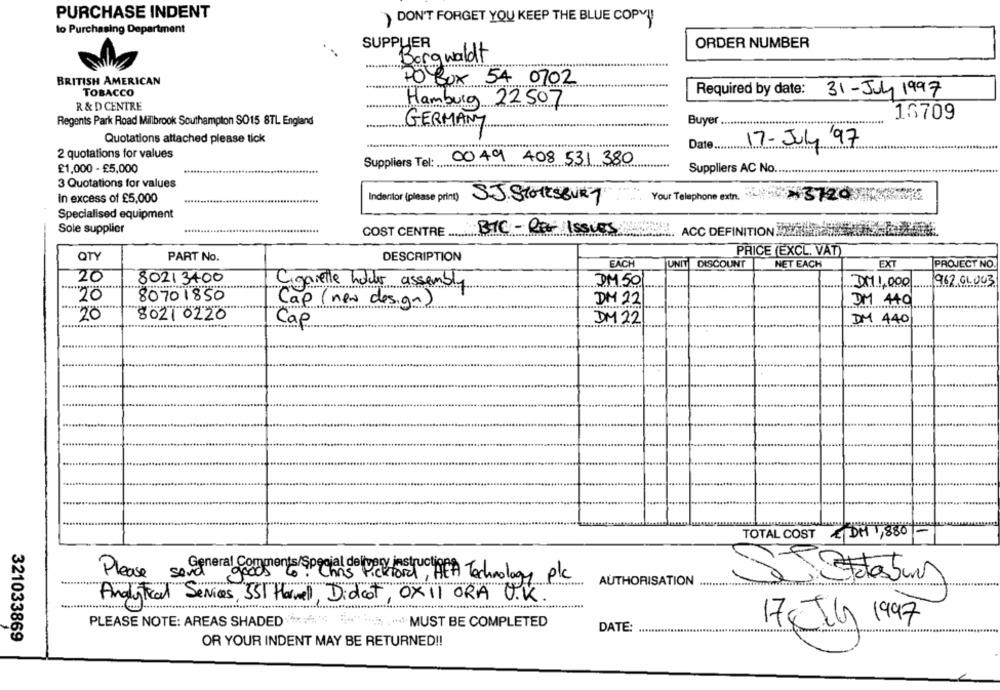
PURCHASE INDENT
) DON'T FORGET YOU KEEP THE BLUE COPY !!
lo Purchasing Department
SUPPLIER
ORDER NUMBER
Borgwaldt
BRITISH AMERICAN
PO BOX 54 0702
TOBACCO
Required by date:
31-July 1997
Hamburg 22507
R & D CENTRE
16709
Regents Park Road Millbrook Southampton SO15 8TL England
Buyer ..
GERMANY
Quotations attached please tick
17-July '97
Date ....
2 quotations for values
Suppliers Tel:
00 49 408 531 380
£1,000 - £5,000
Suppliers AC No.
3 Quotations for values
In excess of £5,000
Indentor (please print) S.J. SHOTSBURT
Your Telephone extn.3720
Specialised equipment
Sole supplier
COST CENTRE ......
BIC - REG ISSUES:15
ACC DEFINITION
PRICE (EXCL. VAT)
QTY
PART No.
DESCRIPTION
EACH
UNIT DISCOUNT
NET EACH
EXT
PROJECT NO.
20
80213400
DM 50
962 01.003
Cignielle holder assembly
DM 1,000
80701850
Cap (new design)
DM 22
DM 440
20
8021 0220
Cap
DM22
DM 440
TOTAL COST & DM ,880 -
General Comments/Special delivery instructions.
Please sordning
Chris Pickford, HEA Technology plc
AUTHORISATION
.........
Analytical Services, IST Harwell, Didcot, OXI1 ORA U.K.
PLEASE NOTE: AREAS SHADED
17Jan 1997
·MUST BE COMPLETED
DATE:
321033869
OR YOUR INDENT MAY BE RETURNED !!